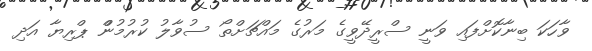
ވާހަކަ ބިނާކޮށްފައި ވަނީ ސްރީދޭވީގެ މަރުގެ މައްޗަށްތޯ ސުވާލު ކުރުމުންް ޕްރިޔާ އަދި